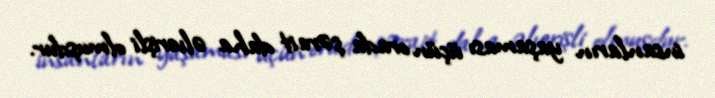
insanların yaşaması üçün orada şərait daha əlverişli olmuşdur.